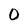
Character: O